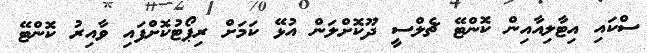
ސްކައި އިޓާލިއާއިން ކޮންޓޭ ޗެލްސީ ދޫކޮށްލަން އުޅޭ ކަމަށް ރިޕޯޓުކޮށްފައި ވާއިރު ކޮންޓޭ